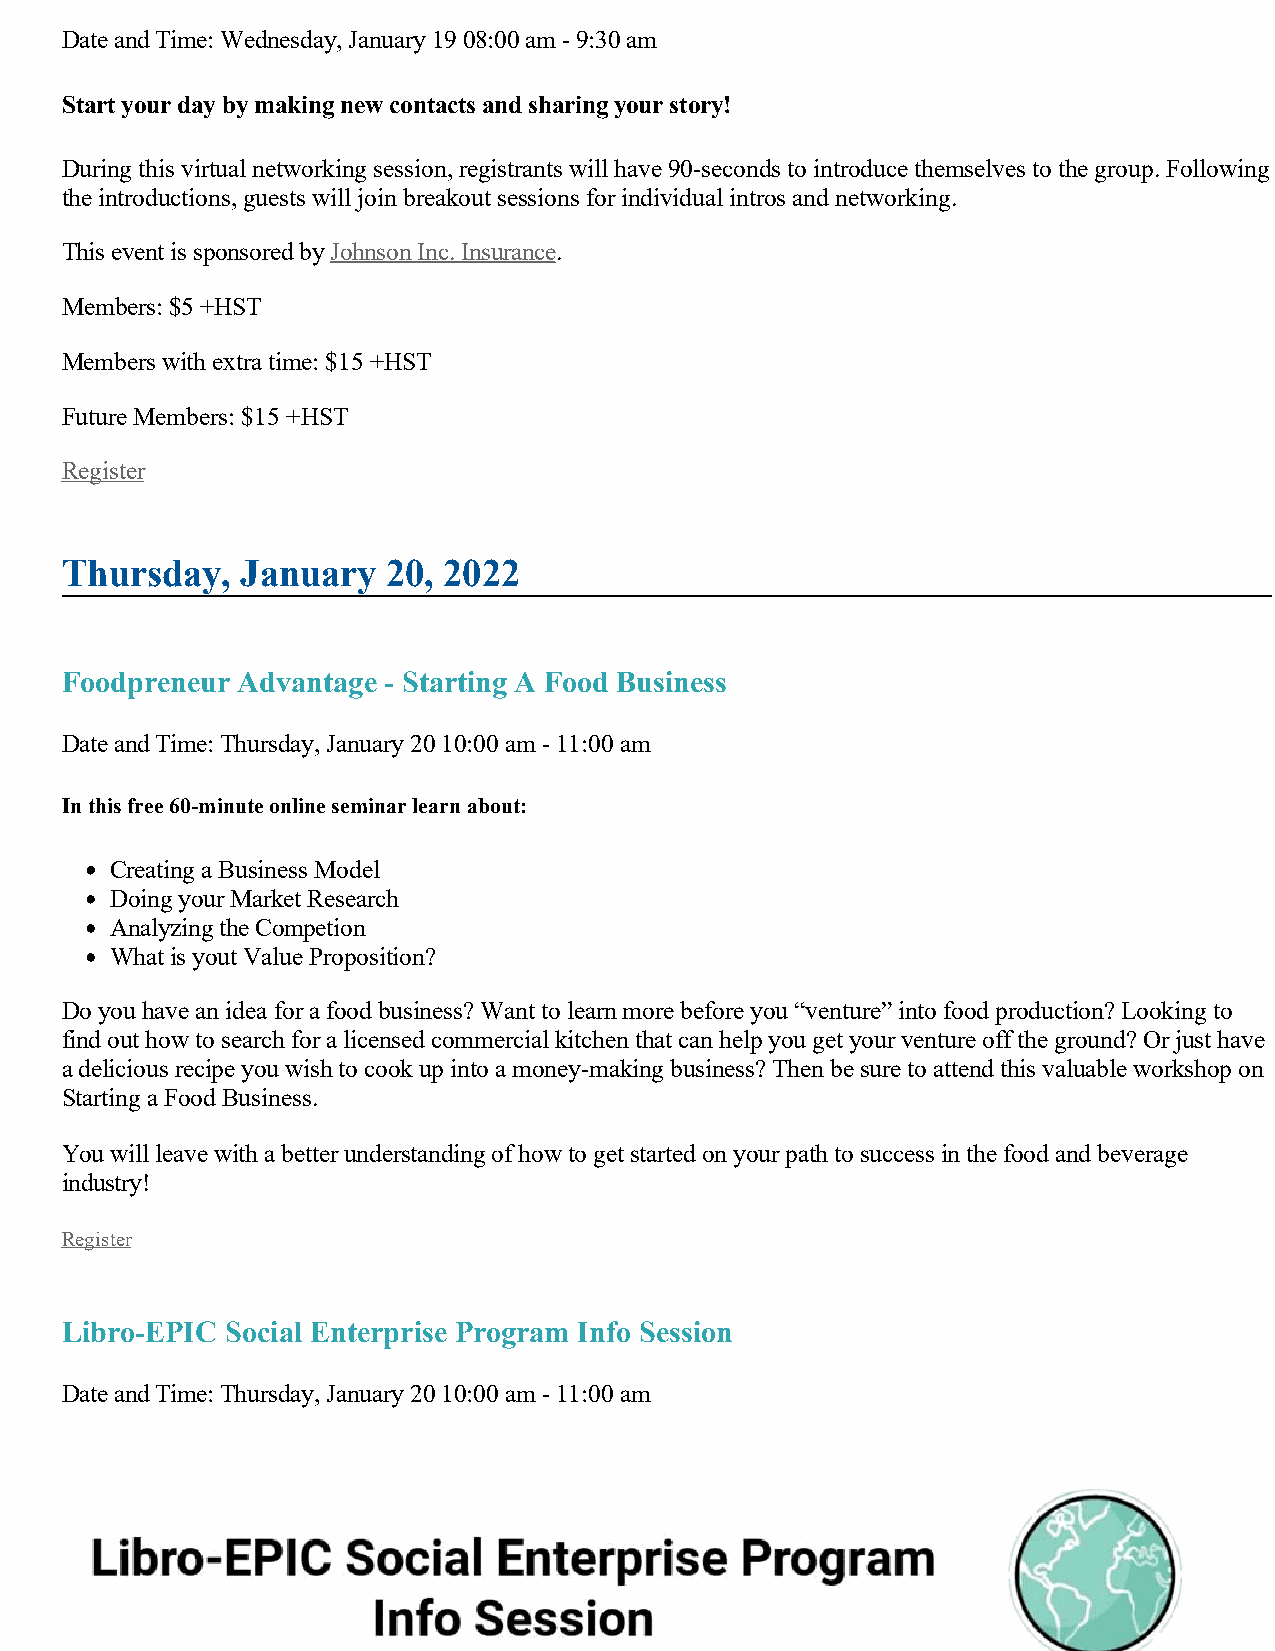
Date and Time: Wednesday, January 19 08:00 am - 9:30 am
 Start your day by making new contacts and sharing your story!
 During this virtual networking session, registrants will have 90-seconds to introduce themselves to the group. Following
 the introductions, guests will join breakout sessions for individual intros and networking.
 This event is sponsored by Johnson Inc. Insurance.
 Members: $5 +HST
 Members with extra time: $15 +HST
 Future Members: $15 +HST
 Register
 Thursday,   January   20, 2022
 Foodpreneur Advantage - Starting A Food Business
 Date and Time: Thursday, January 20 10:00 am - 11:00 am
 In this free 60-minute online seminar learn about:
 Creating a Business Model
 Doing your Market Research
 Analyzing the Competion
 What is yout Value Proposition?
 Do you have an idea for a food business? Want to learn more before you “venture” into food production? Looking to
 find out how to search for a licensed commercial kitchen that can help you get your venture off the ground? Or just have
 a delicious recipe you wish to cook up into a money-making business? Then be sure to attend this valuable workshop on
 Starting a Food Business.
 You will leave with a better understanding of how to get started on your path to success in the food and beverage
 industry!
 Register
 Libro-EPIC Social Enterprise Program Info Session
 Date and Time: Thursday, January 20 10:00 am - 11:00 am